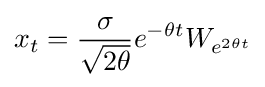
x_{t}={\frac {\sigma }{\sqrt {2\theta }}}e^{-\theta t}W_{e^{2\theta t}}